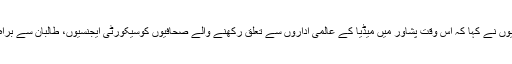
قبل ازیں پشاور کے صحافیوں نے کہا کہ اس وقت پشاور میں میڈٰیا کے عالمی اداروں سے تعلق رکھنے والے صحافیوں کوسیکورٹی ایجنسیوں، طالبان سے براہ راست دباوں کا سامنا ہے۔